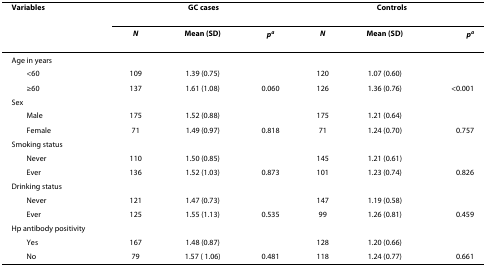
<table><thead><tr><td><b>Variables</b></td><td colspan="3"><b>GC cases</b></td><td colspan="3"><b>Controls</b></td></tr><tr><td></td><td><b><i>N</i></b></td><td><b>Mean (SD)</b></td><td><b><i>p</i><sup><i>a</i></sup></b></td><td><b><i>N</i></b></td><td><b>Mean (SD)</b></td><td><b><i>p</i><sup><i>a</i></sup></b></td></tr></thead><tbody><tr><td>Age in years</td><td></td><td></td><td></td><td></td><td></td><td></td></tr><tr><td> &lt;60</td><td>109</td><td>1.39 (0.75)</td><td></td><td>120</td><td>1.07 (0.60)</td><td></td></tr><tr><td> ≥60</td><td>137</td><td>1.61 (1.08)</td><td>0.060</td><td>126</td><td>1.36 (0.76)</td><td>&lt;0.001</td></tr><tr><td>Sex</td><td></td><td></td><td></td><td></td><td></td><td></td></tr><tr><td> Male</td><td>175</td><td>1.52 (0.88)</td><td></td><td>175</td><td>1.21 (0.64)</td><td></td></tr><tr><td> Female</td><td>71</td><td>1.49 (0.97)</td><td>0.818</td><td>71</td><td>1.24 (0.70)</td><td>0.757</td></tr><tr><td>Smoking status</td><td></td><td></td><td></td><td></td><td></td><td></td></tr><tr><td> Never</td><td>110</td><td>1.50 (0.85)</td><td></td><td>145</td><td>1.21 (0.61)</td><td></td></tr><tr><td> Ever</td><td>136</td><td>1.52 (1.03)</td><td>0.873</td><td>101</td><td>1.23 (0.74)</td><td>0.826</td></tr><tr><td>Drinking status</td><td></td><td></td><td></td><td></td><td></td><td></td></tr><tr><td> Never</td><td>121</td><td>1.47 (0.73)</td><td></td><td>147</td><td>1.19 (0.58)</td><td></td></tr><tr><td> Ever</td><td>125</td><td>1.55 (1.13)</td><td>0.535</td><td>99</td><td>1.26 (0.81)</td><td>0.459</td></tr><tr><td>Hp antibody positivity</td><td></td><td></td><td></td><td></td><td></td><td></td></tr><tr><td> Yes</td><td>167</td><td>1.48 (0.87)</td><td></td><td>128</td><td>1.20 (0.66)</td><td></td></tr><tr><td> No</td><td>79</td><td>1.57 ( 1.06)</td><td>0.481</td><td>118</td><td>1.24 (0.77)</td><td>0.661</td></tr></tbody></table>